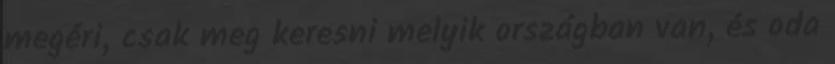
megéri, csak meg keresni melyik országban van, és oda